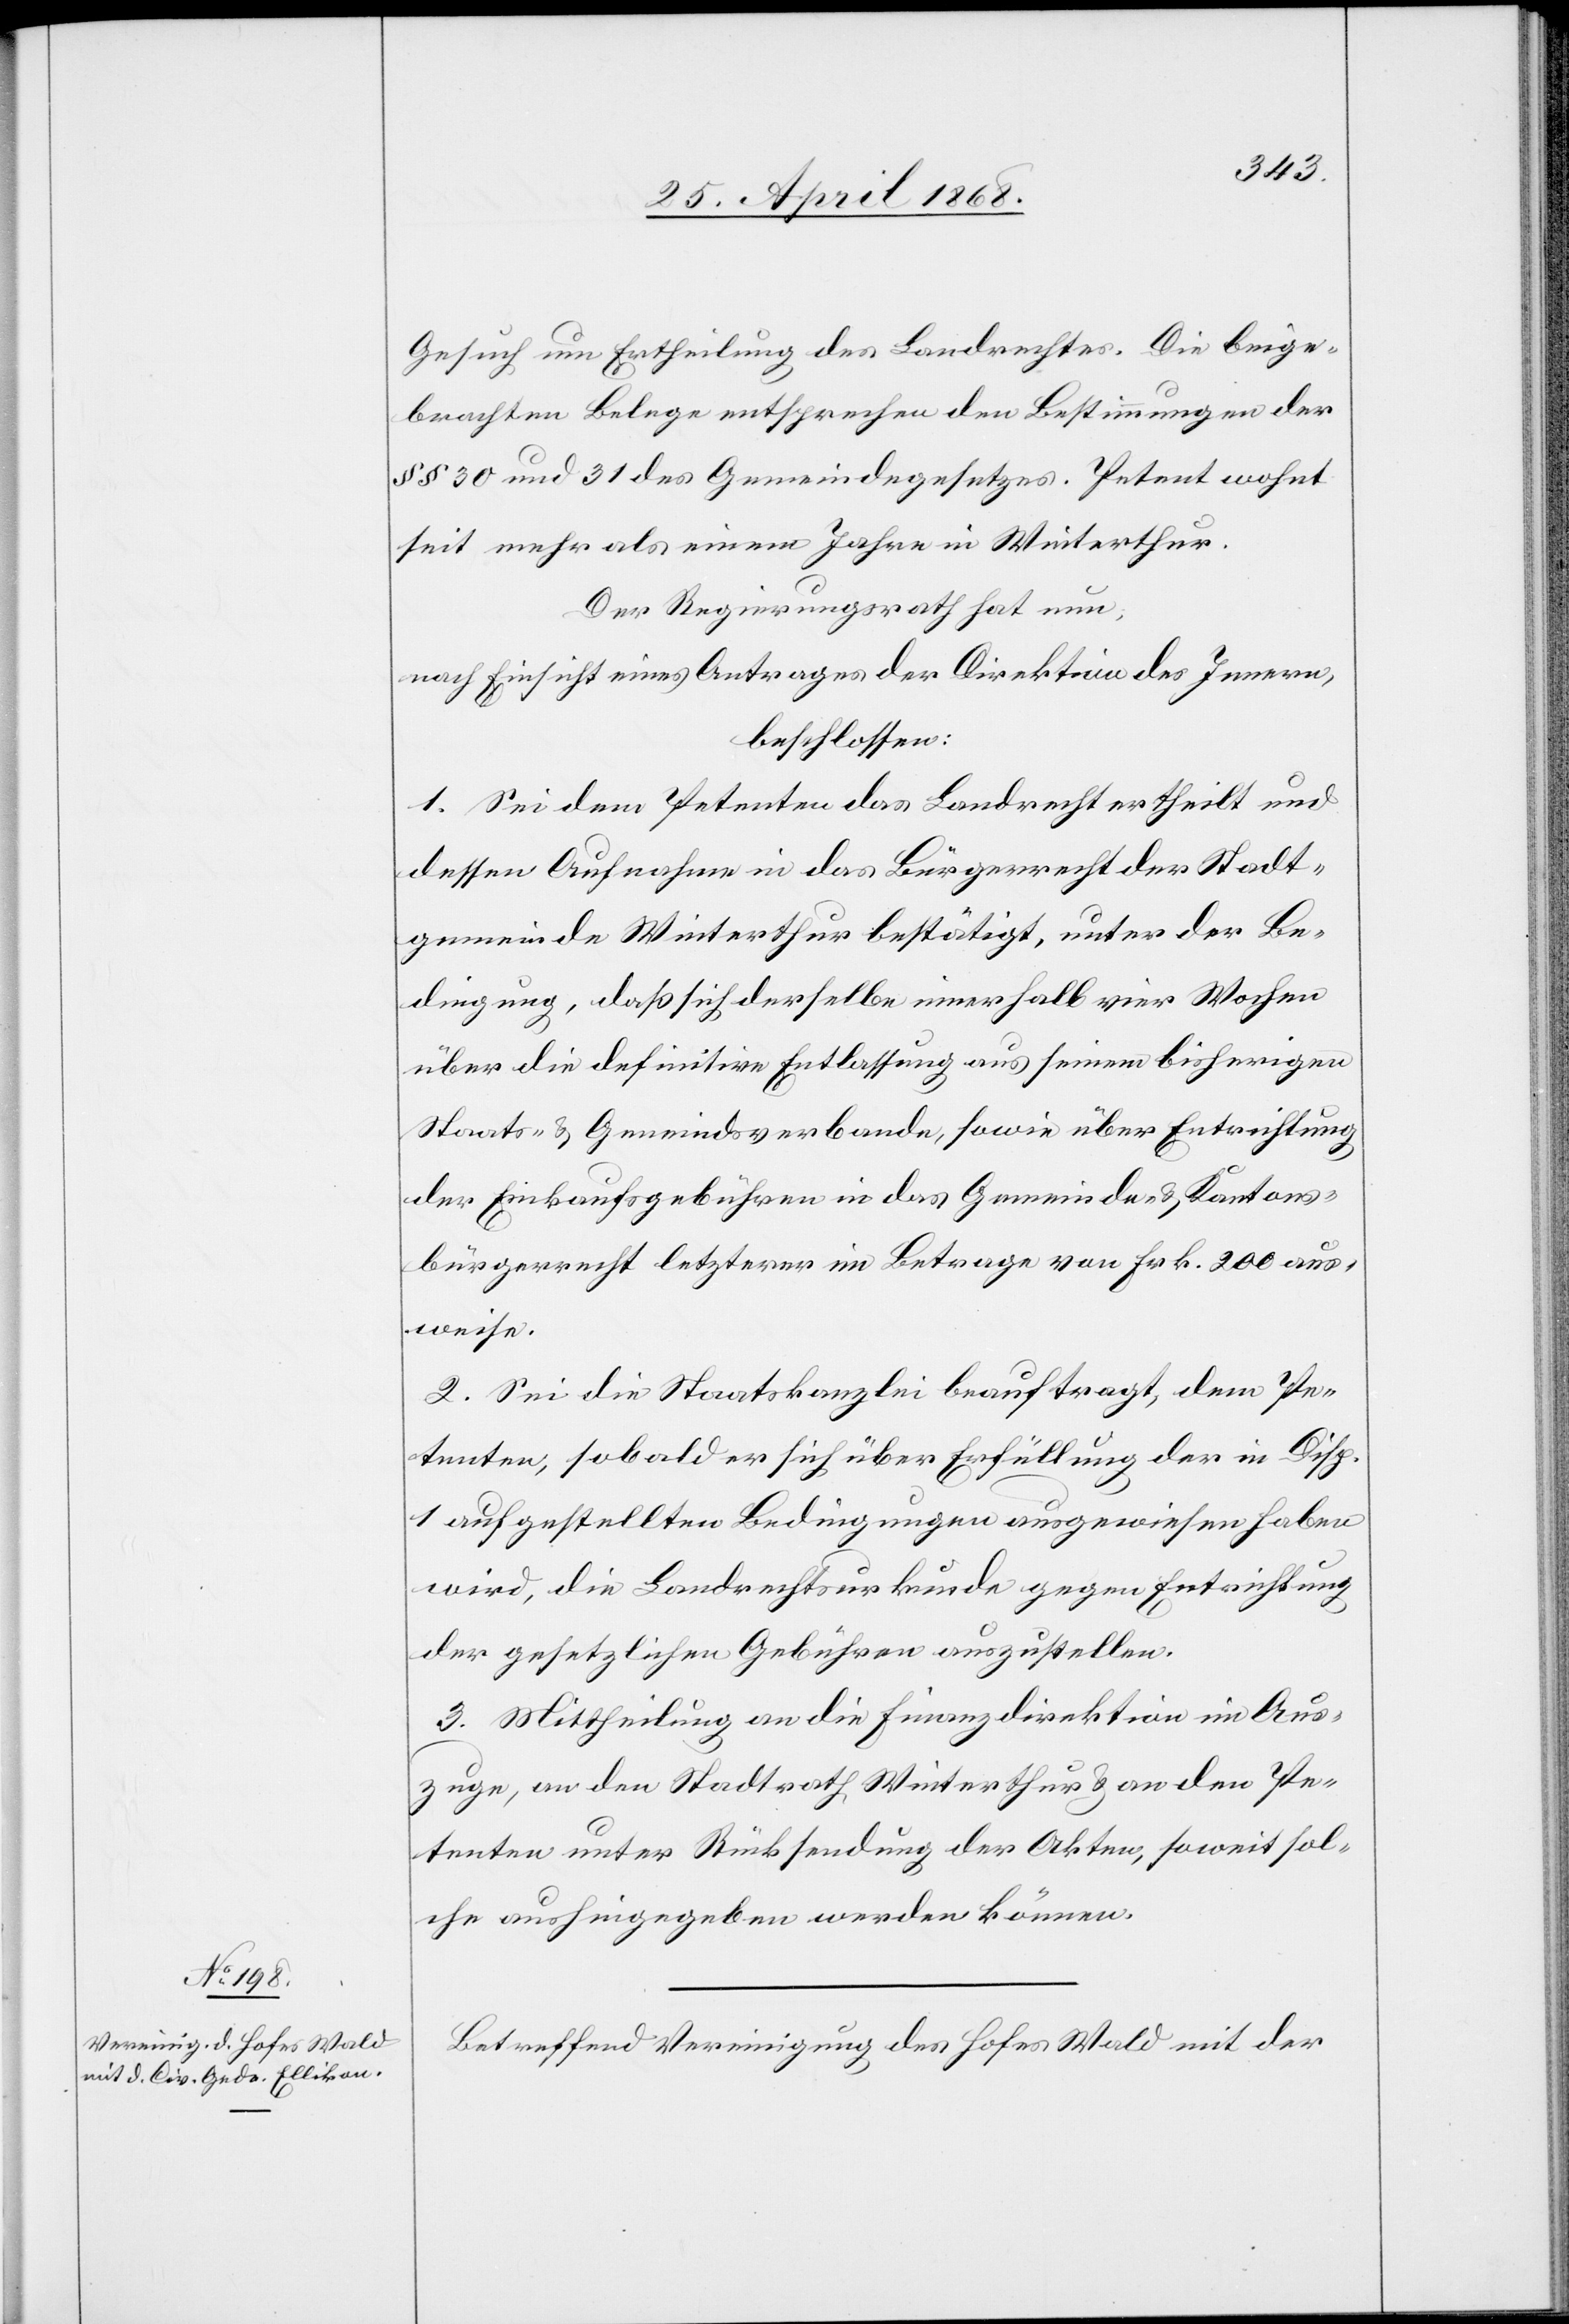
Gesuch um Ertheilung des Landrechtes. Die beige¬
brachten Belege entsprechen den Bestimmungen der
§§ 30 und 31 des Gemeindegesetzes. Petent wohnt
seit mehr als einem Jahre in Winterthur.
Der Regierungsrath hat nun,
nach Einsicht eines Antrages der Direktion des Innern,
beschlossen:
1. Sei dem Petenten das Landrecht ertheilt und
dessen Aufnahme in das Bürgerrecht der Stadt¬
gemeinde Winterthur bestätigt, unter der Be¬
dingung, daß sich derselbe innerhalb vier Wochen
über die definitive Entlassung aus seinem bisherigen
Staats- & Gemeindsverbande, sowie über Entrichtung
der Einkaufsgebühren in das Gemeinde- & Kantons¬
bürgerrecht letzterer im Betrage von Frk. 200 aus¬
weise.
2. Sei die Staatskanzlei beauftragt, dem Pe¬
tenten, sobald er sich über Erfüllung der in Disp.
1 aufgestellten Bedingungen ausgewiesen haben
wird, die Landrechtsurkunde gegen Entrichtung
der gesetzlichen Gebühren auszustellen.
3. Mittheilung an die Finanzdirektion im Aus¬
zuge, an den Stadtrath Winterthur & an den Pe¬
tenten unter Rücksendung der Akten, soweit sol¬
che aushingegeben werden können.
Betreffend Vereinigung des Hofes Wald mit der